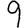
Digit: 9